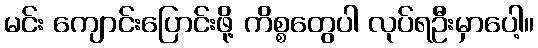
မင်း ကျောင်းပြောင်းဖို့ ကိစ္စတွေပါ လုပ်ရဦးမှာပေါ့။